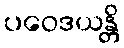
ပဝေဒယန္တိ